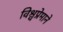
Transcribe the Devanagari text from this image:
विश्वप्रेमाने